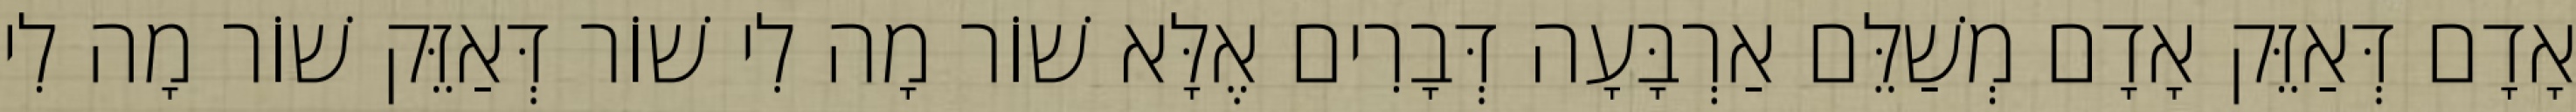
אָדָם דְּאַזֵּק אָדָם מְשַׁלֵּם אַרְבָּעָה דְּבָרִים אֶלָּא שׁוֹר מָה לִי שׁוֹר דְּאַזֵּק שׁוֹר מָה לִי